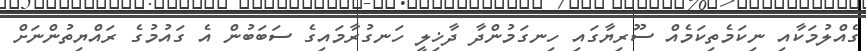
ގެއްލުމަކާއި ނިކަމެތިކަމެއް ސޫރިޔާގައި ހިނގަމުންދާ ދާޚިލީ ހަނގުރާމައިގެ ސަބަބުން އެ ގައުމުގެ ރައްޔިތުންނަށް